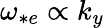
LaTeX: \omega_{*e}\propto k_{y}